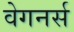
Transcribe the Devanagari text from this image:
वेगनर्स